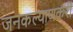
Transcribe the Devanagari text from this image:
जनकल्याणकरी